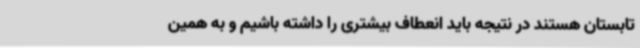
تابستان هستند در نتیجه باید انعطاف بیشتری را داشته باشیم و به همین